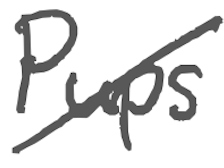
Text: Pups
Cross-out: diagonal
Writing tool: digital_gray